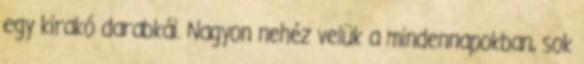
egy kirakó darabkái. Nagyon nehéz velük a mindennapokban, sok